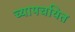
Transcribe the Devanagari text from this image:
च्यापचयित